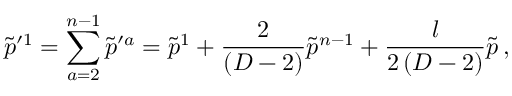
\tilde { p } ^ { \prime 1 } = \sum _ { a = 2 } ^ { n - 1 } \tilde { p } ^ { \prime a } = \tilde { p } ^ { 1 } + { \frac { 2 } { ( D - 2 ) } } \tilde { p } ^ { n - 1 } + { \frac { l } { 2 \, ( D - 2 ) } } \tilde { p } \, ,